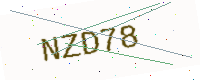
Text: NZD78